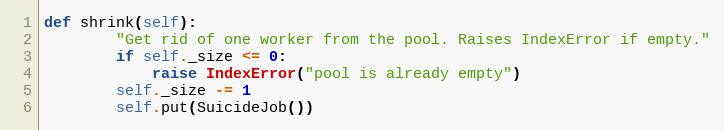
Language: Python
def shrink(self):
        "Get rid of one worker from the pool. Raises IndexError if empty."
        if self._size <= 0:
            raise IndexError("pool is already empty")
        self._size -= 1
        self.put(SuicideJob())